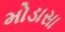
મોડાસા